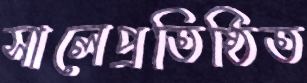
সালেপ্রতিষ্ঠিত